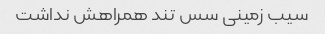
سیب زمینی سس تند همراهش نداشت